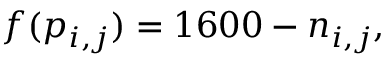
f ( p _ { i , j } ) = 1 6 0 0 - n _ { i , j } ,